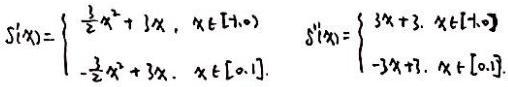
\[
S'(x)=
\begin{cases}
\frac{1}{2}x^{2}+3x, & x\in[-1,0) \\
-\frac{1}{2}x^{2}+3x, & x\in[0,1]
\end{cases}
\quad
S'(x)=
\begin{cases}
3x + 3, & x\in[-1,0] \\
-3x + 3, & x\in[0,1]
\end{cases}
\]